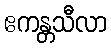
ဧကန္တသီလာ